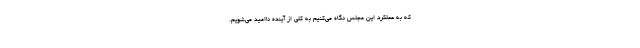
که به عملکرد این مجلس نگاه می‌کنیم به کلی از آینده ناامید می‌شویم.